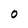
Character: 0